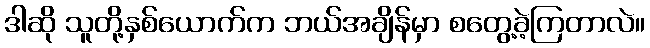
ဒါဆို သူတို့နှစ်ယောက်က ဘယ်အချိန်မှာ စတွေ့ခဲ့ကြတာလဲ။